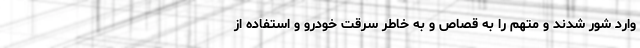
وارد شور شدند و متهم را به قصاص و به خاطر سرقت خودرو و استفاده از